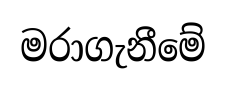
මරාගැනීමේ